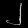
Digit: ၂